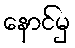
နောင်မှ